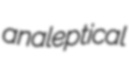
analeptical